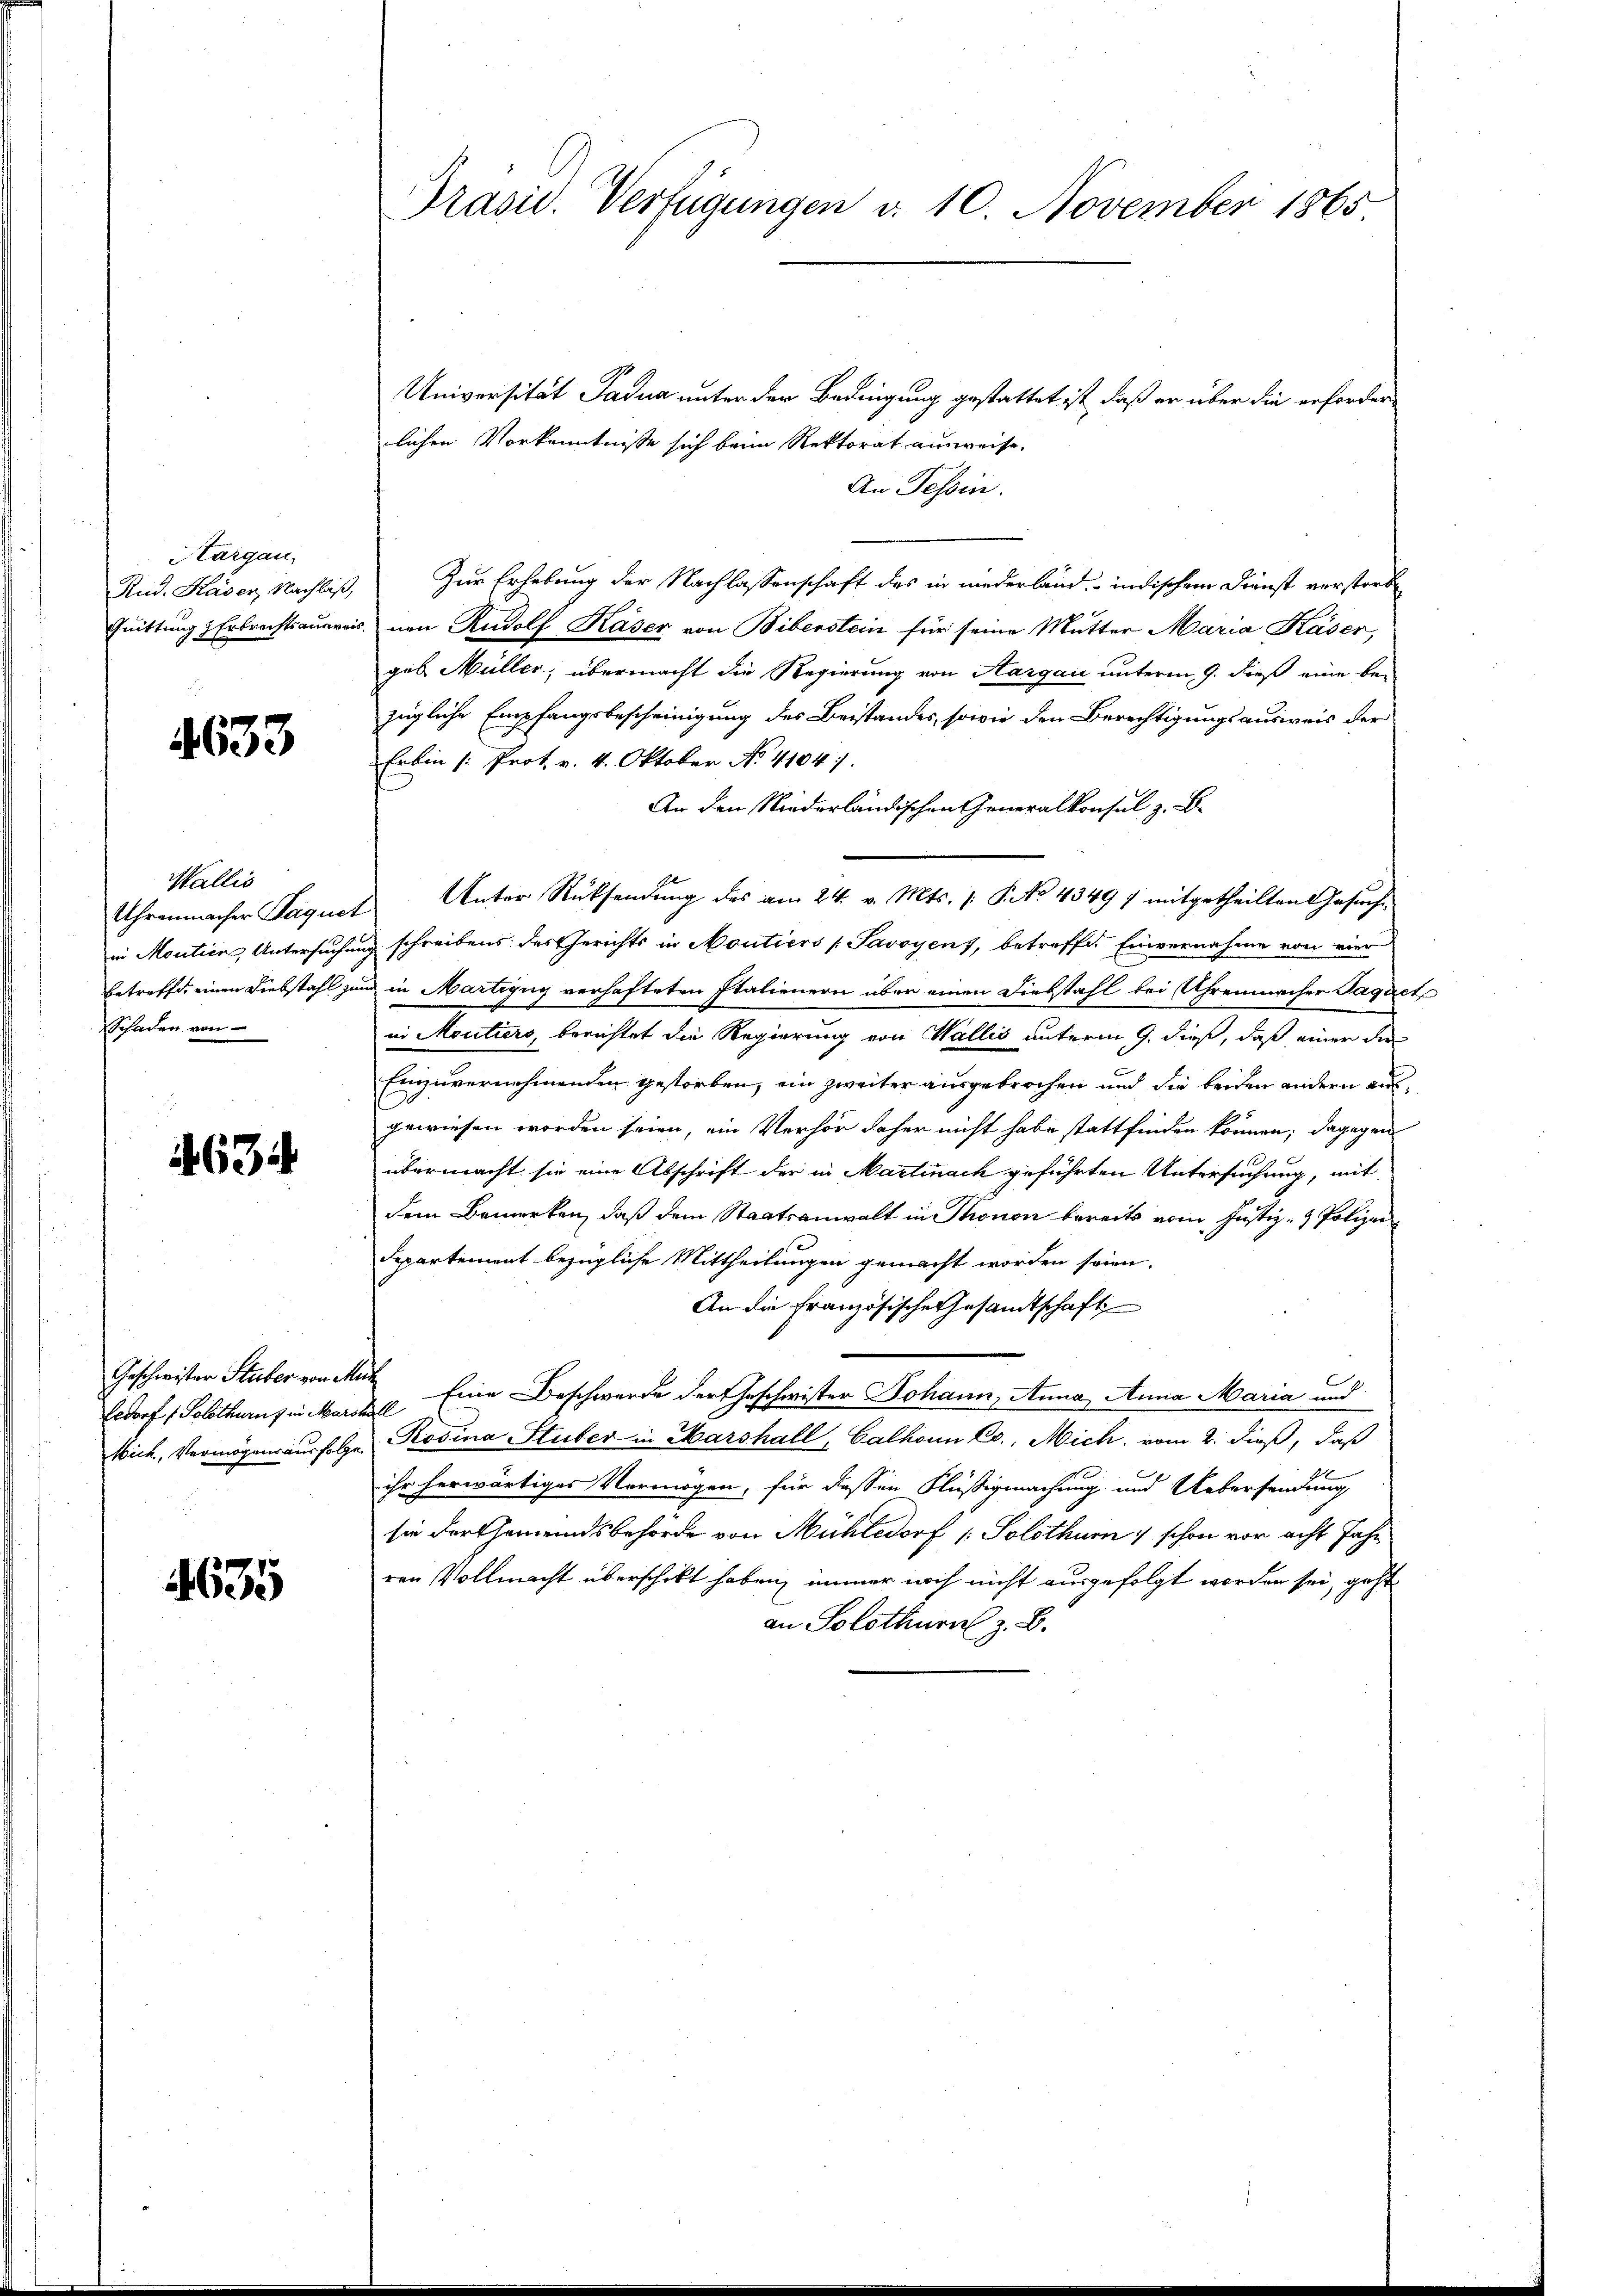
Kargau,

4633

Wallis
Schaden von

634

Geschwister Stuber von Mu

635

Universität Padua unter der Bedingung gestattet ist, daß er über die erforder
lichen Vorkenntnisse sich beim Rektorat ausweise,
An Tessin.
Rud. Kaser, Nachlaß, Zur Erhebung der Nachlassenschaft des in niederband indischem Dienst verstorb
Quittung & Erbrechtsausweis von Rudolf Kaser von Biberstein für seine Mutter Maria Kaser,
geb Müller, übermacht die Regierung von Aargau unterm 9. dieß eine bezügliche Empfangsbescheinigung des Beistandes, sowie den Berechtigungsausweis der
Erbin /: Prot. v. 4. Oktober No. 41041.
An den Niederländischen Generalkonsul z. B.
Uhrenmacher Paquet Unter Rücksendung des am 24. v. Mts. 1. P. No. 4349 7 mitgetheilten Gesuchin Moutien Untersuchung schreibens des Gerichts in Moutiers (Savoyens, betreffe. Einvernahme von vier
betreffe, einen Diebstahl und in Martigug verhafteten Italienern über einen Diebstahl bei Uhrenmacher Jaquet
in Moutiers, berichtet die Regierung von Wallis unterm 9. dieß, daß einer die
Einzuvernehmenden gestorben, ein zweiter ausgebrochen und die beiden andern ausgewiesen worden seien, ein Verhör daher nicht habe stattfinden können; dagegen
übermacht sie eine Abschrift der in Martinach geführten Untersuchung, mit
dem Bemerken, daß dem Staatsanwalt in Thonen bereits vom Justiz- & Polizei,
Departement bezügliche Mittheilungen gemacht worden seien.
An die französische Gesamtschaft
Eedorf (Solothurn in Mark Eine Beschwerde der Geschwister Johann, Anna Anna Maria und
Mich., Vermögensausfolgen Rosina Stuber in Marshall, Calhann Eo., Mich. vom 2. dieß, daß
ihr herwärtiges Vermögen, für dessen Flüßigmachung und Uebersendung
sie der Gemeindsbehörde von Mühledorf /: Solothur & schon vor acht Jahr
ren Vollmacht überschickt haben, immer noch nicht ausgefolgt worden sei, geht
an Solothurn z. B.

Präsid. Verfügungen d. 10. November 1865